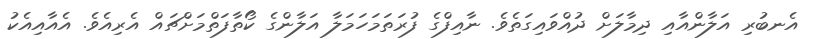
އެނބުރި އަލާންއާއި ދިމާލަށް ދުއްވައިގަތެވެ. ނާއިފްގެ ފުރަތަމަހަމަލާ އަލާންގެ ކޯތާފަތްމަށްޗައް އެރިއެވެ. އެއާއިއެކު